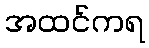
အထင်ကရ